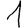
Digit: 1